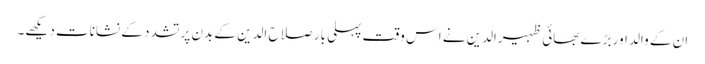
ان کے والد اور بڑے بھائی ظہیرالدین نے اس وقت پہلی بار صلاح الدین کے بدن پر تشدد کے نشانات دیکھے۔